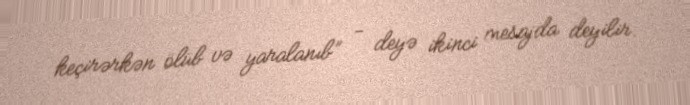
keçirərkən ölüb və yaralanıb” - deyə ikinci mesajda deyilir.